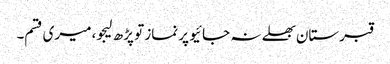
قبرستان بھلے نہ جائیو پر نماز تو پڑھ لیجو، میری قسم۔